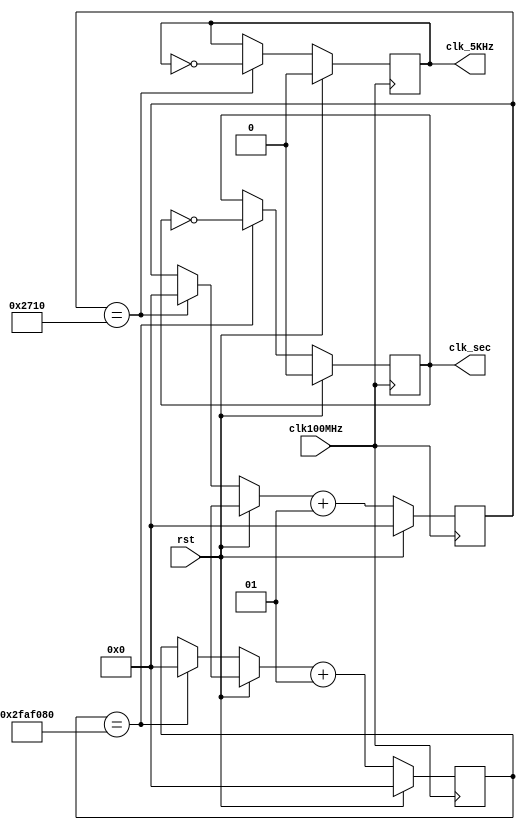
`timescale 1ns / 1ps

module clk_gen(input clk100MHz, input rst, output reg clk_sec, output reg clk_5KHz);

integer count, count1;

always@(posedge clk100MHz)
    begin
        if(rst)
        begin
            count = 0;
            count1 = 0;
            clk_sec = 0;
            clk_5KHz =0;
        end
        else
        begin
            if(count == 50000000) /* 50e6 x 10ns = 1/2sec, toggle twice for 1sec */
            begin
            clk_sec = ~clk_sec;
            count = 0;
            end
            if(count1 == 10000)
            begin
            clk_5KHz = ~clk_5KHz;
            count1 = 0;
            end
            count = count + 1;
            count1 = count1 + 1;
        end
    end
endmodule // end clk_gen


/* 7-segment values */
`define D0 8'b10001000 /* 0 */
`define D1 8'b11101101 /* 1 */
`define D2 8'b10100010 /* 2 */
`define D3 8'b10100100 /* 3 */
`define D4 8'b11000101 /* 4 */
`define D5 8'b10010100 /* 5 */
`define D6 8'b10010000 /* 6 */
`define D7 8'b10101101 /* 7 */
`define D8 8'b10000000 /* 8 */
`define D9 8'b10000100 /* 9 */
`define DA 8'b10100000 /* A */
`define DB 8'b11010000 /* B */
`define DC 8'b11110010 /* C */
`define DD 8'b11100000 /* D */
`define DE 8'b10010010 /* E */
`define DF 8'b10010011 /* F */
`define DX 8'b01111111 /* All segments off except decimal point */

/* Generate one decimal digits from a 4-bit number */
module bcd_to_7seg(input [3:0] num, output reg [7:0] out);
always @ (num)
begin
	case (num) 
		4'h0: begin out=`D0; end
		4'h1: begin out=`D1; end
		4'h2: begin out=`D2; end
		4'h3: begin out=`D3; end
		4'h4: begin out=`D4; end
		4'h5: begin out=`D5; end
		4'h6: begin out=`D6; end
		4'h7: begin out=`D7; end
		4'h8: begin out=`D8; end
		4'h9: begin out=`D9; end
		4'hA: begin out=`DA; end
		4'hB: begin out=`DB; end
		4'hC: begin out=`DC; end
		4'hD: begin out=`DD; end
		4'hE: begin out=`DE; end
		4'hF: begin out=`DF; end		
   default: begin out=`DX; end
	endcase
end
endmodule

module LED_MUX (
	input wire clk,
	input wire rst,
	input wire [7:0] LED0, // leftmost digit
	input wire [7:0] LED1,
	input wire [7:0] LED2,
	input wire [7:0] LED3,
	input wire [7:0] LED4,
	input wire [7:0] LED5,
	input wire [7:0] LED6,
	input wire [7:0] LED7, // rightmost digit
	output wire [7:0] LEDSEL,
	output wire [7:0] LEDOUT
	);
	
reg [2:0] index;
reg [15:0] led_ctrl;

assign {LEDOUT, LEDSEL} = led_ctrl;

always@(posedge clk)
begin
    index <= (rst) ? 3'd0 : (index + 3'd1);
end    

always @(index, LED0, LED1, LED2, LED3, LED4, LED5, LED6, LED7)
begin
	case(index)
	    3'd0: led_ctrl <= {8'b11111110, LED7}; 
	    3'd1: led_ctrl <= {8'b11111101, LED6};
	    3'd2: led_ctrl <= {8'b11111011, LED5};
	    3'd3: led_ctrl <= {8'b11110111, LED4};
	    3'd4: led_ctrl <= {8'b11101111, LED3};
	    3'd5: led_ctrl <= {8'b11011111, LED2};
	    3'd6: led_ctrl <= {8'b10111111, LED1};
	    3'd7: led_ctrl <= {8'b01111111, LED0};
     default: led_ctrl <= {8'b11111111, 8'hFF};
    endcase
end
endmodule